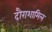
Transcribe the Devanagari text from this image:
दौराशामिल